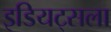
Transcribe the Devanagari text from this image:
इडियट्सला